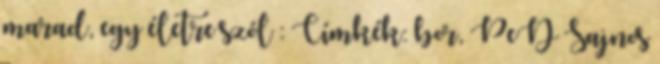
marad, egy életre szól : Címkék: bor, PeD Sajnos